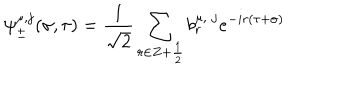
\psi _ { \pm } ^ { \mu , j } ( \sigma , \tau ) = \frac { 1 } { \sqrt 2 } \sum _ { r \in Z + \frac { 1 } { 2 } } b _ { r } ^ { \mu , \; j } e ^ { - i r ( \tau + \sigma ) }